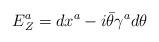
LaTeX: \begin{align*}E^a_Z=dx^a-i\bar\theta\gamma^a d\theta\end{align*}